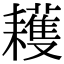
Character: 耯